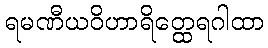
ရမဏီယဝိဟာရိတ္ထေရဂါထာ